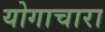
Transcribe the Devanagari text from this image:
योगाचारा